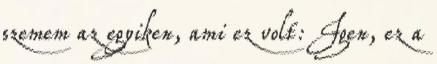
szemem az egyiken, ami ez volt: Igen, ez a